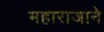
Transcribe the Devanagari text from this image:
महाराजाने